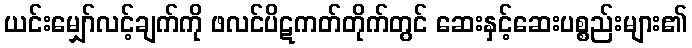
ယင်းမျှော်လင့်ချက်ကို ဖလင်ပိဋကတ်တိုက်တွင် ဆေးနှင့်ဆေးပစ္စည်းများ၏